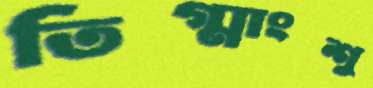
তিগ্মাংশু